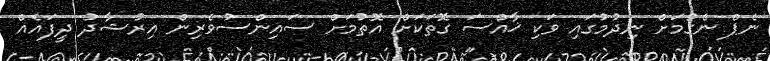
ނެޕް ނެގުމަށް ނިދުމުގައި ވަކި ޚާއްސަ ގޮތަކަށް އޮތުމަށް ސައިންސުވެރިން އިރުޝާދު ދީފައެއް